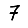
Digit: 7